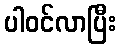
ပါဝင်လာပြီး